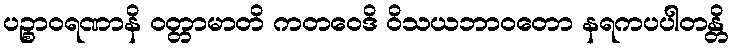
ပဉ္စာဝရဏာနိ ဝတ္တာမာတိ ကတဝေဒိ ဝိသယဘာဝတော နရကပပါတန္တိ